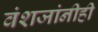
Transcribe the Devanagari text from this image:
वंशजांनीही